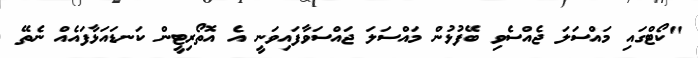
"ކޯޓްގައި މައްސަލަ ޖެއްސެވި ބޭފުޅުން މައްސަލަ ޖައްސަވާފައިވަނީ އެ އޮތޯރިޓީން ކަނޑައަޅާފައެއް ނެތޭ